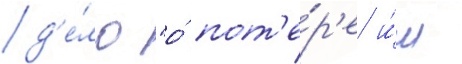
д'е́ло "о́ пот'е́р'е и́м